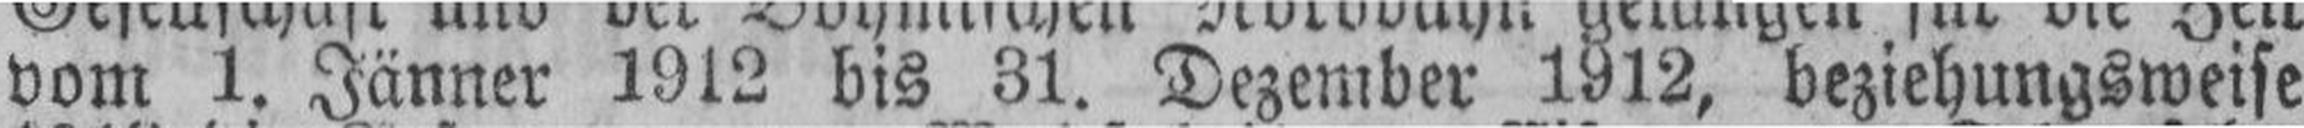
vom 1. Jänner 1912 bis 31. Dezember 1912, beziehungsweise